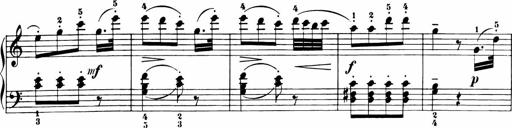
Title: 11 Sonatinas for Piano Solo
Composer: Anton Diabelli